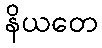
နိယတေ